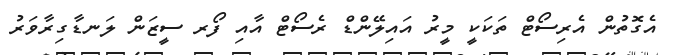
އެގޮތުން އެރިސޯޓް ތަކަކީ މީރު އައިލޭންޑް ރެސޯޓް އާއި ފޯރ ސީޒަން ލަނޑާގިރާވަރު